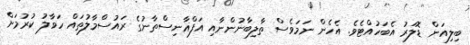
ބިލިއަން ޑޮލަރު އެބަހުއްޓެވެ. އެހެން ނަމަވެސް ތާލިބާނުންނާއި އަފްޣާނިސްތާނުގެ ރައުސްމާލުތައް ހަވާލު ކުރުމަށް